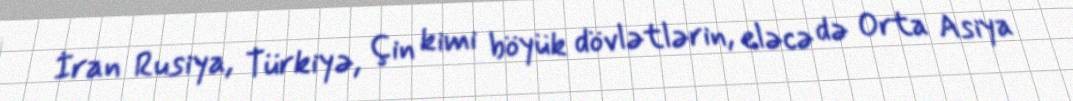
İran Rusiya, Türkiyə, Çin kimi böyük dövlətlərin, eləcə də Orta Asiya